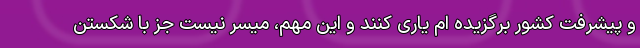
و پیشرفت کشور برگزیده ام یاری کنند و این مهم، میسر نیست جز با شکستن